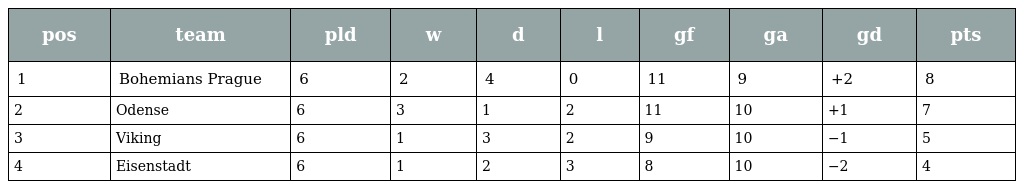
| pos | team | pld | w | d | l | gf | ga | gd | pts |
 | --- | --- | --- | --- | --- | --- | --- | --- | --- | --- |
 | 1 | Bohemians Prague | 6 | 2 | 4 | 0 | 11 | 9 | +2 | 8 |
 | 2 | Odense | 6 | 3 | 1 | 2 | 11 | 10 | +1 | 7 |
 | 3 | Viking | 6 | 1 | 3 | 2 | 9 | 10 | −1 | 5 |
 | 4 | Eisenstadt | 6 | 1 | 2 | 3 | 8 | 10 | −2 | 4 |